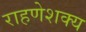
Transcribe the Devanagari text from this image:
राहणेशक्य